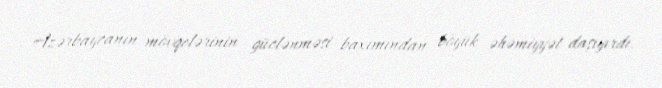
Azərbaycanın mövqelərinin güclənməsi baxımından böyük əhəmiyyət daşıyırdı.